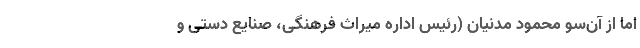
اما از آن‌سو محمود مدنیان (رئیس اداره میراث فرهنگی، صنایع دستی و